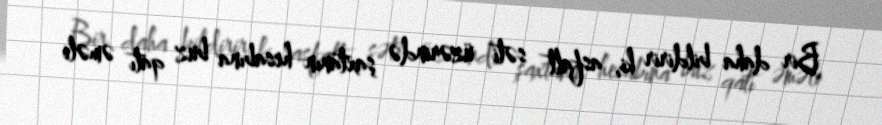
Bir daha bildirir ki, asfalt səti üzərində şaxtanın hesabına buz qatı əməli